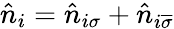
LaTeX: \hat{n}_{i}=\hat{n}_{i\sigma}+\hat{n}_{i\overline{{\sigma}}}